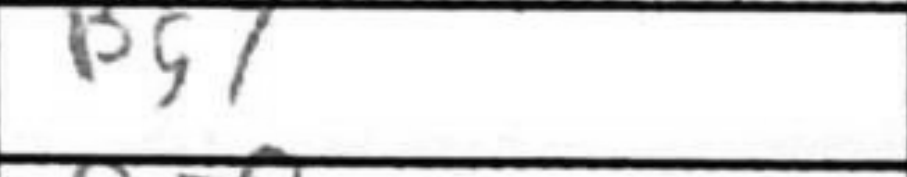
Transcription: Bg7